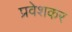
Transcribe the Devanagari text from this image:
प्रवेशकर